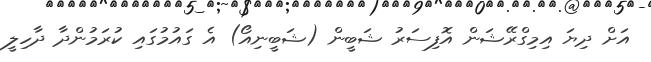
އަށް ދިޔަ އިމިގްރޭޝަން އޮފިސަރު ޝަބީން (ޝަބީނިއޯ) އެ ގައުމުގައި ކުރަމުންދާ ދާހިލީ